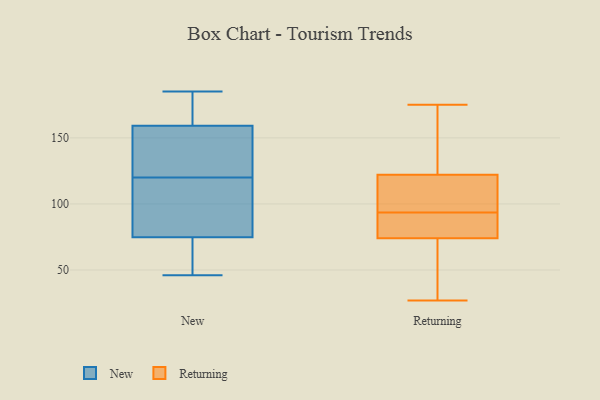
{"axis": {"x": "Inventory Turnover", "y": "Value"}, "legend": ["New", "Returning"], "data": [{"x": "", "y": 156, "type": "New"}, {"x": "", "y": 157, "type": "New"}, {"x": "", "y": 46, "type": "New"}, {"x": "", "y": 66, "type": "New"}, {"x": "", "y": 157, "type": "New"}, {"x": "", "y": 160, "type": "New"}, {"x": "", "y": 72, "type": "New"}, {"x": "", "y": 61, "type": "New"}, {"x": "", "y": 85, "type": "New"}, {"x": "", "y": 83, "type": "New"}, {"x": "", "y": 137, "type": "New"}, {"x": "", "y": 173, "type": "New"}, {"x": "", "y": 99, "type": "New"}, {"x": "", "y": 87, "type": "New"}, {"x": "", "y": 120, "type": "New"}, {"x": "", "y": 177, "type": "New"}, {"x": "", "y": 182, "type": "New"}, {"x": "", "y": 185, "type": "New"}, {"x": "", "y": 64, "type": "New"}, {"x": "", "y": 74, "type": "Returning"}, {"x": "", "y": 118, "type": "Returning"}, {"x": "", "y": 56, "type": "Returning"}, {"x": "", "y": 142, "type": "Returning"}, {"x": "", "y": 74, "type": "Returning"}, {"x": "", "y": 122, "type": "Returning"}, {"x": "", "y": 145, "type": "Returning"}, {"x": "", "y": 175, "type": "Returning"}, {"x": "", "y": 79, "type": "Returning"}, {"x": "", "y": 107, "type": "Returning"}, {"x": "", "y": 27, "type": "Returning"}, {"x": "", "y": 145, "type": "Returning"}, {"x": "", "y": 44, "type": "Returning"}, {"x": "", "y": 107, "type": "Returning"}, {"x": "", "y": 78, "type": "Returning"}, {"x": "", "y": 102, "type": "Returning"}, {"x": "", "y": 81, "type": "Returning"}, {"x": "", "y": 85, "type": "Returning"}]}